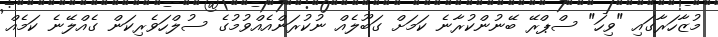
މުޒާހަރާގައި "ވިހަ" ސްޕްރޭ ބޭނުންކުރާނެ ކަމަށް ގަބޫލެއް ނުކުރަންއެއްވުމުގެ ސުލްހަވެރިކަން ގެއްލޭނެ ކަމެއް